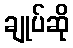
ချုပ်ဆို